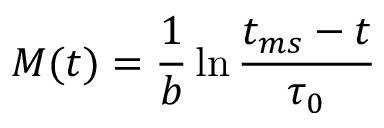
M ( t ) = \frac { 1 } { b } \ln \frac { t _ { m s } - t } { \tau _ { 0 } }